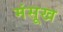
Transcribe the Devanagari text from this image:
मंसूख